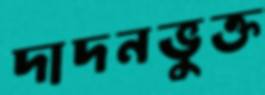
দাদনভুক্ত